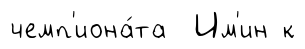
чемп'иона́та Им'ин к